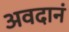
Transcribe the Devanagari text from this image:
अवदानं